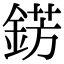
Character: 錺